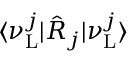
\langle \nu _ { \mathrm { L } } ^ { j } | \hat { R } _ { j } | \nu _ { \mathrm { L } } ^ { j } \rangle